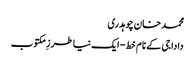
محمد خان چوہدری
دادا جی کے نام خط- ایک نیا طرزِ مکتوب